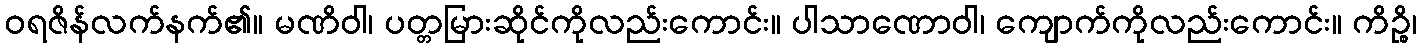
ဝရဇိန်လက်နက်၏။ မဏိဝါ၊ ပတ္တမြားဆိုင်ကိုလည်းကောင်း။ ပါသာဏောဝါ၊ ကျောက်ကိုလည်းကောင်း။ ကိဉ္စိ၊